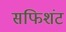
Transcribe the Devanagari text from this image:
सफिशंट